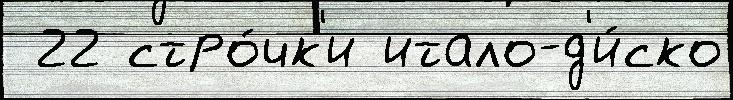
 22 стро́чк'и итало-д'и́ско